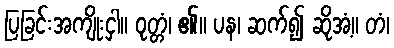
ပြခြင်းအကျိုးငှါ။ ဝုတ္တံ၊ ၏။ ပန၊ ဆက်၍ ဆိုအံ့။ တံ၊